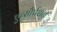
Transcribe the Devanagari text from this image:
एब्सौर्पशन